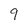
Character: 9